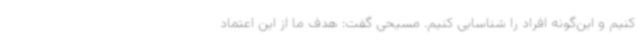
کنیم و این‌گونه افراد را شناسایی کنیم. مسیحی گفت: هدف ما از این اعتماد